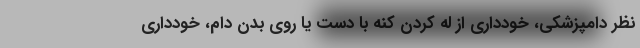
نظر دامپزشکی، خودداری از له کردن کنه با دست یا روی بدن دام، خودداری